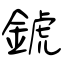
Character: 錿